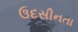
ઉદસીનતા